Senior Leaving Certificate Examination (including Day School Certificate (Higher) General paper), 1947
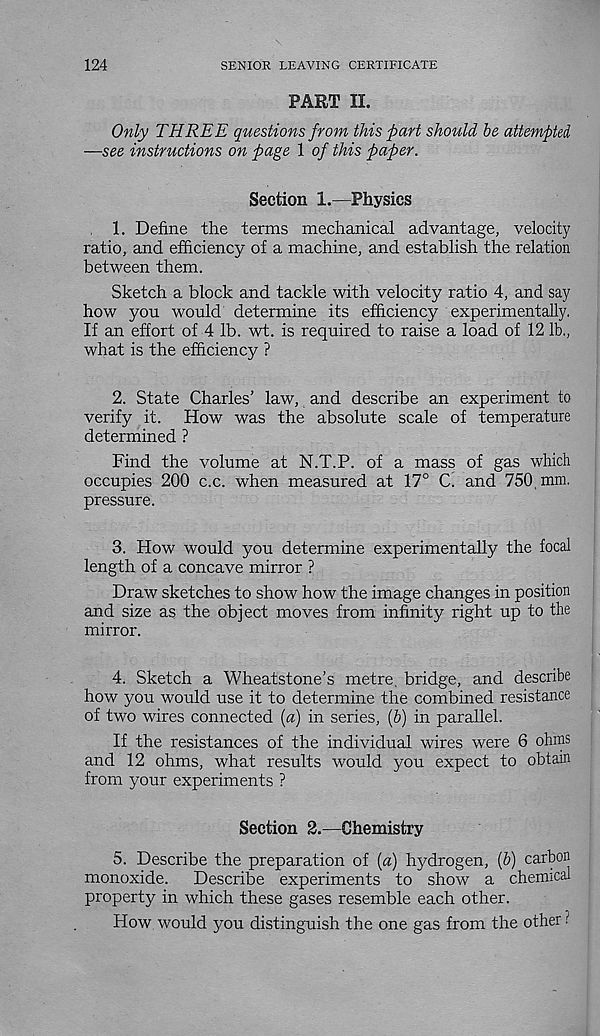
124
SENIOR LEAVING CERTIFICATE
PART II.
Only THREE questions from this fart should be attempted
—see instructions on page 1 of this paper.
Section 1.—Physics
1. Define the terms mechanical advantage, velocity
ratio, and efficiency of a machine, and establish the relation
between them.
Sketch a block and tackle with velocity ratio 4, and say
how you would determine its efficiency experimentally.
If an effort of 4 lb. wt. is required to raise a load of 12 lb.,
what is the efficiency ?
2. State Charles’ law, and describe an experiment to
verify it. How was the absolute scale of temperature
determined ?
Find the volume at N.T.P. of a mass of gas which
occupies 200 c.c. when measured at 17° C. and 750, mm.
pressure.
3. How would you determine experimentally the focal
length of a concave mirror ?
Draw sketches to show how the image changes in position
and size as the object moves from infinity right up to the
mirror.
4. Sketch a Wheatstone’s metre, bridge, and describe
how you would use it to determine the combined resistance
of two wires connected (a) in series, [b) in parallel.
If the resistances of the individual wires were 6 ohms
and 12 ohms, what results would you expect to obtain
from your experiments ?
Section 2.—Chemistry
5. Describe the preparation of (a) hydrogen, {b) carbon
monoxide.
Describe experiments to show a chemical
property in which these gases resemble each other.
How would you distinguish the one gas from the other ?